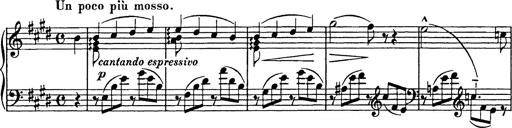
Title: Consolations
Composer: Franz Liszt